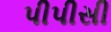
પીપીસી